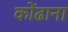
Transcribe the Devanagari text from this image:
कोंढाना